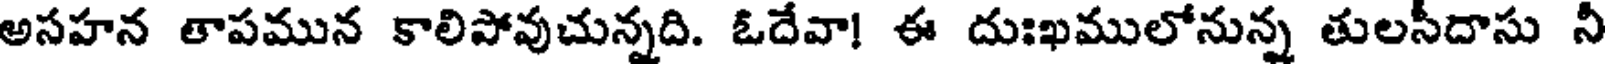
అసహన తాపమున కాలిపోవుచున్నది. ఓదేవా! ఈ దుఃఖములోనున్న తులసీదాసు నీ